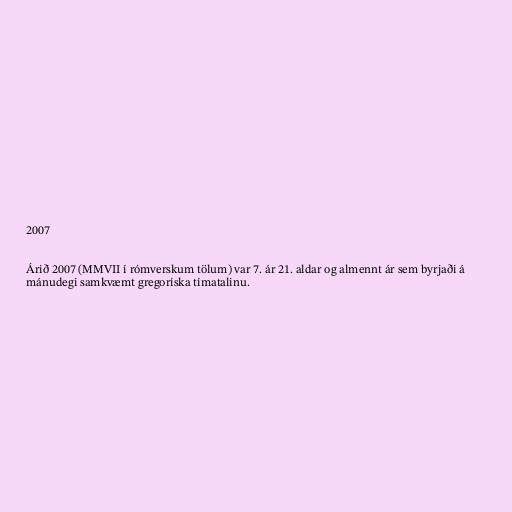
2007

Árið 2007 (MMVII í rómverskum tölum) var 7. ár 21. aldar og almennt ár sem byrjaði á
mánudegi samkvæmt gregoríska tímatalinu.